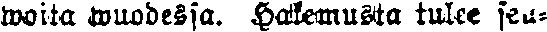
woita wuodessa. Hakemusta tulee seu-